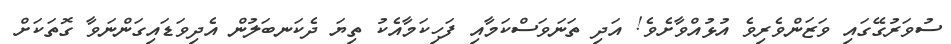
ސުވަރުގޭގައި ވަޒަންވެރިވެ އުޅުއްވާށެވެ! އަދި ތަނަވަސްކަމާއި ފަހިކަމާއެކު ތިޔަ ދެކަނބަލުން އެދިވަޑައިގަންނަވާ ގޮތަކަށް